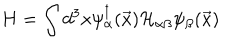
H = \int d ^ { 3 } x \psi _ { \alpha } ^ { \dagger } ( \vec { x } ) { \cal H } _ { \alpha \beta } \psi _ { \beta } ( \vec { x } )